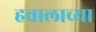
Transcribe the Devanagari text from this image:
हवालाच्या